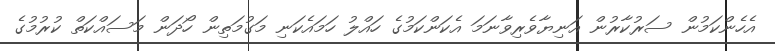
އެހެންކަމުން ސަރުކާރުން އަނިޔާވެރިވާނަމަ އެކަންކަމުގެ ހައްލު ހަމައެކަނި މަގުމަތިން ހޯދަން މަސައްކަތް ކުރުމުގެ